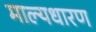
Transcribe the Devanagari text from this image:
माल्यधारण